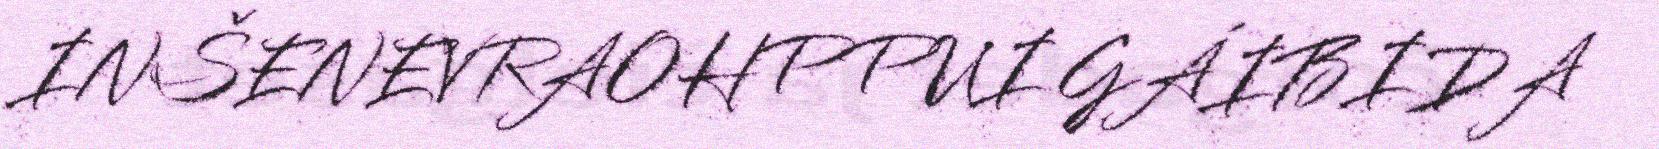
INŠENEVRAOHPPUI GÁIBIDA